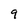
Character: 9